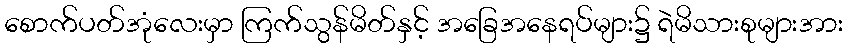
စောက်ပတ်အုံလေးမှာ ကြက်သွန်မိတ်နှင့် အခြေအနေရပ်များ၌ ရဲမိသားစုများအား